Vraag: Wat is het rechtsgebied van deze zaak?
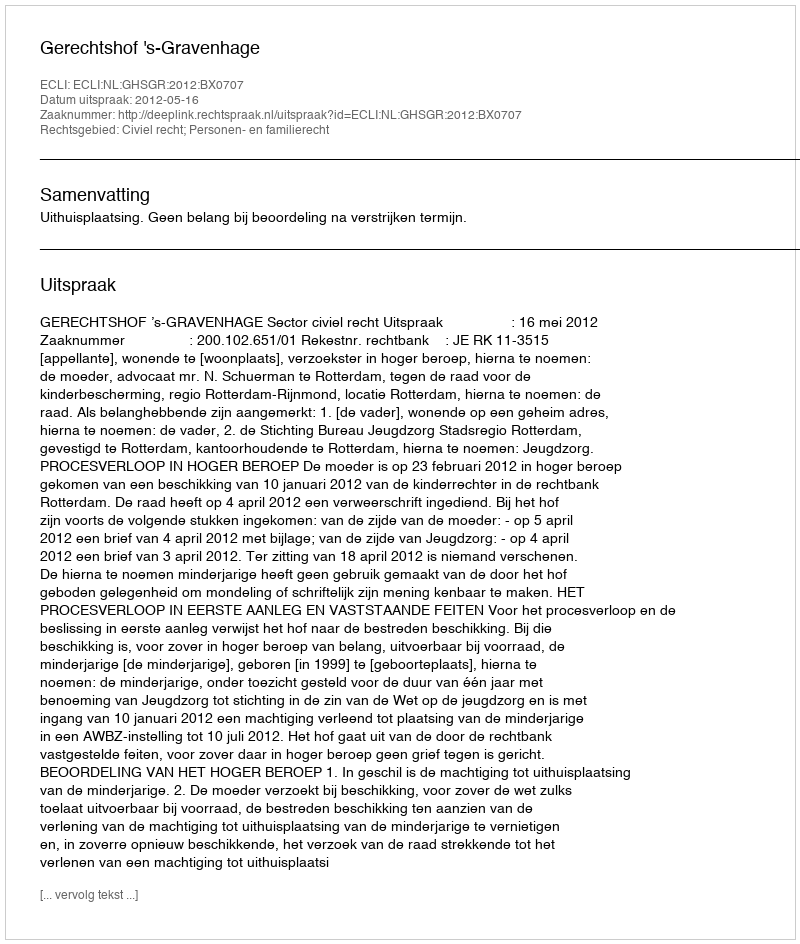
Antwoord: Civiel recht; Personen- en familierecht